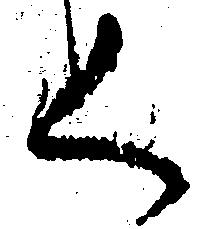
く